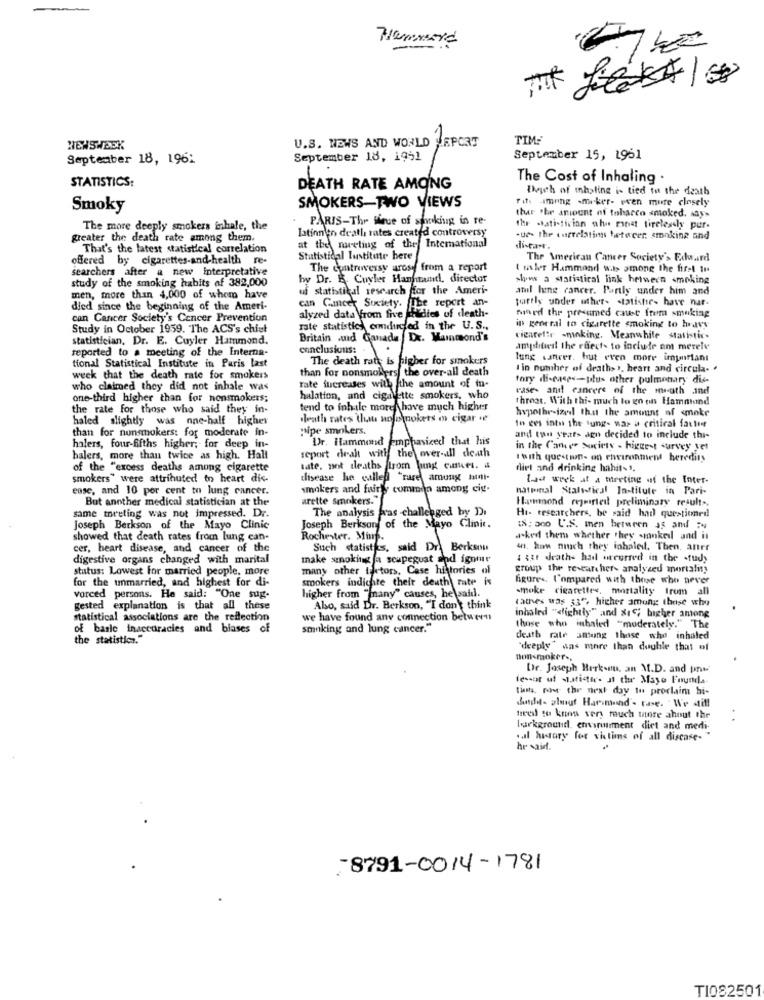
Hammond
U.S. NEWS AND WORLD JEPORT
TIM-
NEWSWEEK
September 18, 196:
September 18, 1951
September 15, 1961
The Cost of Inhaling .
STATISTICS:
DEATH RATE AMONG
Doch of mhaling is tied to the death
SMOKERS-TWO VIEWS
Fits amning -meker- even more closely
Smoky
thar the amount of tobacco smoked. ways
PARIS-Thr Bleue of smoking in re-
The more deeply smokers inhale, the
latinn'en death rates created controversy
the statistician ahu minst tirelessly pur-
greater the death rate among them.
at the meting of the International
-ue- the ourrelating hetweer smoking and
That's the latest statistical correlation
di-tanr.
offered by cigarettes-and-health re-
Statistical Institute bere
The American Cancer Society's Edward
searchers after a new interpretative
The controversy arose from a report
( maler Hammond w.is among the first to
study of the smoking habits of 382,000
by Dr. E. Cuyler Hanhtantl, director
shows a statistical link between smoking
uf statistical sesearch for the Ameri-
atul hene cancer. Partly under him and
men, more than 4,000 of whom have
can Cancer Society. The report an-
partly under other- statistir- have nar-
died since the beginning of the Ameri-
alyzed data from five if dies of death-
ford the presumed caust frem smoking
can Cancer Society's Cancer Prevention
Study in October 1959. The ACS's chist
rate statistic conducted in the U.S .,
in general to cigarette smoking to hravy
statistician, Dr. E. Cuyler Hammond.
Britain .ud Canada, De. Mainmond's
cigarettr -minking. Meanwhile statistic-
reported to a meeting of the Interna-
conclusions:
amplified the effects to incluir am merely
The death rate is higher for smokers
lung sanrer. hut even more important
tional Statistical Institute in Paris last
than for nonsmokers, the over-all death
I 'in puther of death> >, heart and circula- .
week that the death rate for smokers
rate increases with the amount of in-
tory di-cases-plus other pulmonary dis-
who claimed they did not inhale was
rase- and cancers of the math and
one-third higher than for nonsmokers;
halation, and cigarette smokers, who
throat. With thi- much to go on Hammond
the rate for those who said they in-
tend to inhale moret have much higher
hypothesized that the amount of smoke
haled slightly was one-half higher
death rates thats nofornokets m cigar +
to ces into the sung- was a critical fatter
than for nunsmokers: for moderate in-
pipe smokers.
Dr. Hammond emphasized that his
and tan years ago decided to include thi-
halers, four-fifths higher; for deep in-
in the Cancer Society - biggest survey set
halers, more than twice as high. Hall
report dealt with the over-ill death
"with question- an environment heredity
of the "excess deaths among cigarette
tate, not deaths trom hing cures. i
diet and drinking hahit-1.
smokers" were attributed to heart dis-
thisease he called "rare among hill-
Lud week at a meeting at the Inter-
ease, and 10 per cent to lung cancer.
smokers and fairly common among ciy.
hatpinal Stalysical Institute in Pari-
But another medical statistician at the
arette smokers."
Hammond rejerted preliminary results,
The analysis was -challenged by Di
Hi- researchers, be said had questionedl
same meeting was not impressed. Dr.
Joseph Berkson of the Mayo Clinic
Joseph Berkson of the Mayo Clinic.
18: 300 U.S. men between as and =w
showed that death rates from lung can-
Rochester. Minp.
asked them whether they .mankell and it
cer, heart disease, and cancer of the
Such statistics, said Dr. Berkson
40. how much they inhaled. Then, anre
digestive organs changed with marital
make smoking fa soupeguat and igome
1 33t drath- had occurred in the study
status: Lowest for married people, more
many other tortors, Case histories of
group the researchers analyzed mortality
for the unmarried, and highest for di-
smokers indicate their death rate is
figures, l'ompared with those who never
smoke cigarettes, mortality from all
vorced persons. He said: "One sug-
higher from "many" causes, he sahil.
Lathes was 33", higher among those who
gested explanation is that all these
Abo, said Dr. Berkson, "I don't think
statistical associations are the reflection
we have found any connection between
inhaled "dlightly" and &1; bigher among
of basle inaccuracies and biases of
smoking and lung cancer."
those who inhaled "moderately." The
the statistics."
death rate among those who inhaled
"deeply" das more than double that of
nonsmoker ..
Dr. Joseph Berk-nu, an M.D. and pnw
lessor uf staticter. Il the Maye Founda-
the post the next day in proclaim hi-
dench- pligt Har mand - rase. We still
teeil to know very much tante ahnut the
background. ensrunment diet and medi-
tal history for victims of all discase- "
he said.
8791-0014-1781
TI082501